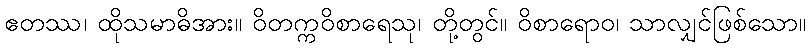
ဧတဿ၊ ထိုသမာဓိအား။ ဝိတက္ကဝိစာရေသု၊ တို့တွင်။ ဝိစာရောဝ၊ သာလျှင်ဖြစ်သော။